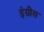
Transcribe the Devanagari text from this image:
इंग्रीस